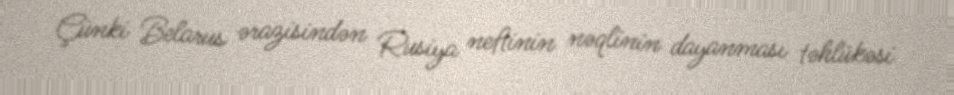
Çünki Belarus ərazisindən Rusiya neftinin nəqlinin dayanması təhlükəsi